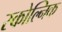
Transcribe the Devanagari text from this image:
स्कोल्निक